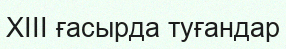
XIII ғасырда туғандар